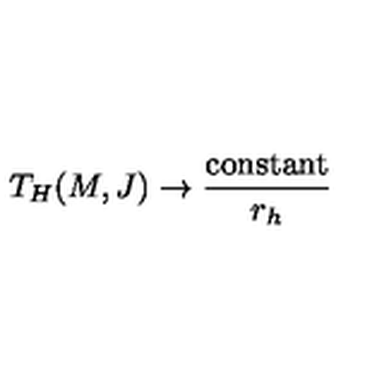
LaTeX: T _ { H } ( M , J ) \rightarrow \frac { \mathrm { c o n s t a n t } } { r _ { h } }